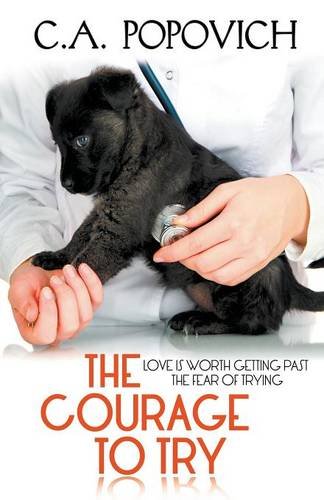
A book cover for The Courage to Try; C.A. Popovich; Romance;